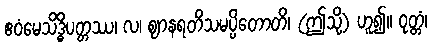
ဧဝံမေသိဒ္ဓိပတ္တဿ၊ လ၊ ဈာနရတိသမပ္ပိတောတိ၊ (ဤသို့) ဟူ၍။ ဝုတ္တံ၊